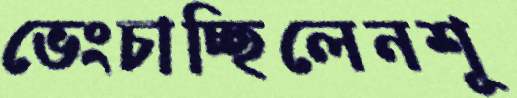
ভেংচাচ্ছিলেনশূ